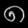
Digit: ၈